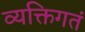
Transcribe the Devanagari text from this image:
व्यक्तिगतं